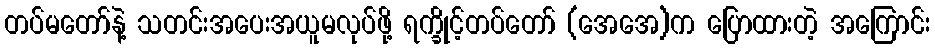
တပ်မတော်နဲ့ သတင်းအပေးအယူမလုပ်ဖို့ ရက္ခိုင့်တပ်တော် (အေအေ)က ပြောထားတဲ့ အကြောင်း